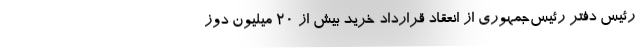
رئیس دفتر رئیس‌جمهوری از انعقاد قرارداد خرید بیش از ۲۰ میلیون دوز